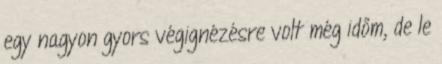
egy nagyon gyors végignézésre volt még időm, de le